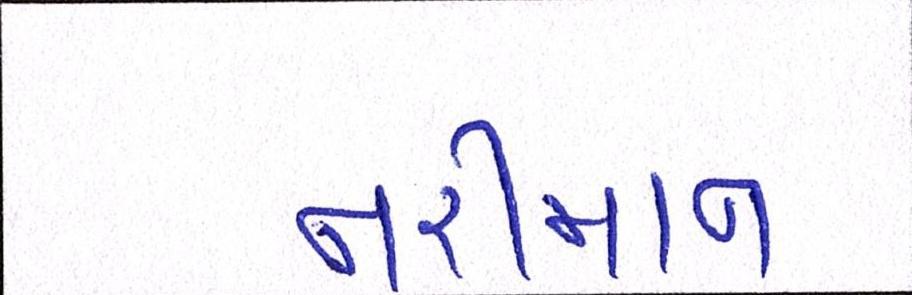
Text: નરીમાન